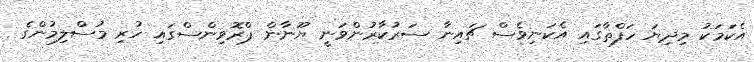
އެކަމަކު މިދިޔަ ހަފްތާގައި އެކަނިވެސް ޗައިނާ ސަރުކާރުންވަނީ ޔޫނާން ޕްރޮވިންސްގައި ހުރި މުސްލިމުންގެ